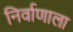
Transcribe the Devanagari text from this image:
निर्वाणाला